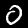
Label: 0